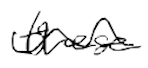
Text: these
Cross-out: wave
Writing tool: digital_black